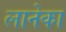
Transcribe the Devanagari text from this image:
लानेका